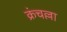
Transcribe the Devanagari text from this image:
क्रंचल्ला